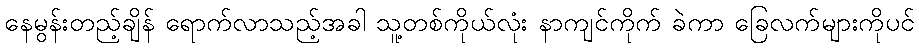
နေမွန်းတည့်ချိန် ရောက်လာသည့်အခါ သူ့တစ်ကိုယ်လုံး နာကျင်ကိုက် ခဲကာ ခြေလက်များကိုပင်